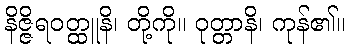
နိဇ္ဇိရဝတ္ထူနိ၊ တို့ကို။ ဝုတ္တာနိ၊ ကုန်၏။